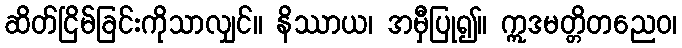
ဆိတ်ငြိမ်ခြင်းကိုသာလျှင်။ နိဿာယ၊ အမှီပြု၍။ ဣဒမတ္တိတညေဝ၊